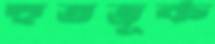
হুতভূক